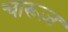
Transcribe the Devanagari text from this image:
चारूज़